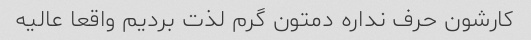
کارشون حرف نداره دمتون گرم لذت بردیم واقعا عالیه